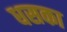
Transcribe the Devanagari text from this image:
धसका